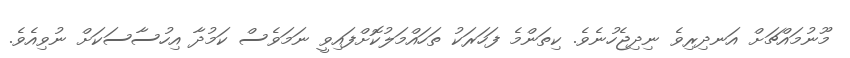
މޫނުމައްޗަށް އަނދިރިވެ ނިދިޖެހުނެވެ. ކިތަންމެ ފަހަރަކު ތަހައްމަލުކޮށްފައިވީ ނަމަވެސް ކަމުދާ އިހުސާސަކަށް ނުވިއެވެ.